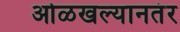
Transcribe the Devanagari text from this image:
ओळखल्यानतंर